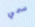
سمي